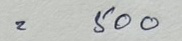
= 500